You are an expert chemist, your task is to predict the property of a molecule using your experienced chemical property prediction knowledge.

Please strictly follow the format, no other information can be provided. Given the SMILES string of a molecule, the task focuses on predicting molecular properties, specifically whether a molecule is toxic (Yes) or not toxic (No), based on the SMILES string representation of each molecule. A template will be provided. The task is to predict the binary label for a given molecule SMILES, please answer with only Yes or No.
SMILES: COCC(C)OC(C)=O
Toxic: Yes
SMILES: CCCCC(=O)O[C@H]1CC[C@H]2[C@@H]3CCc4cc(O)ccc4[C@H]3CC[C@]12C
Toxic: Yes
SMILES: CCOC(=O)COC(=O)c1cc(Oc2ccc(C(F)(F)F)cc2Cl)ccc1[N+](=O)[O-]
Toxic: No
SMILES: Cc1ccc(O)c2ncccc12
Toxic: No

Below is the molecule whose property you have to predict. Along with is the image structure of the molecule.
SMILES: Cc1c(NC(C)C)c(=O)n(-c2ccccc2)n1C
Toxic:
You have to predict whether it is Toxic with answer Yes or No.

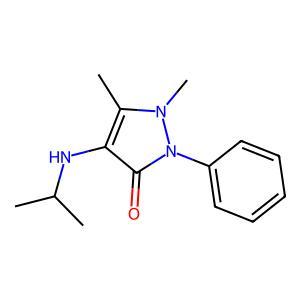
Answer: No